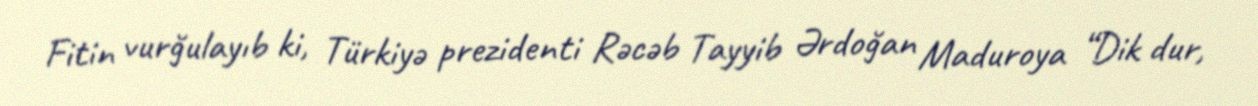
Fitin vurğulayıb ki, Türkiyə prezidenti Rəcəb Tayyib Ərdoğan Maduroya “Dik dur,